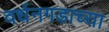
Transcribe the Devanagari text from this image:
वर्धनगडाच्या